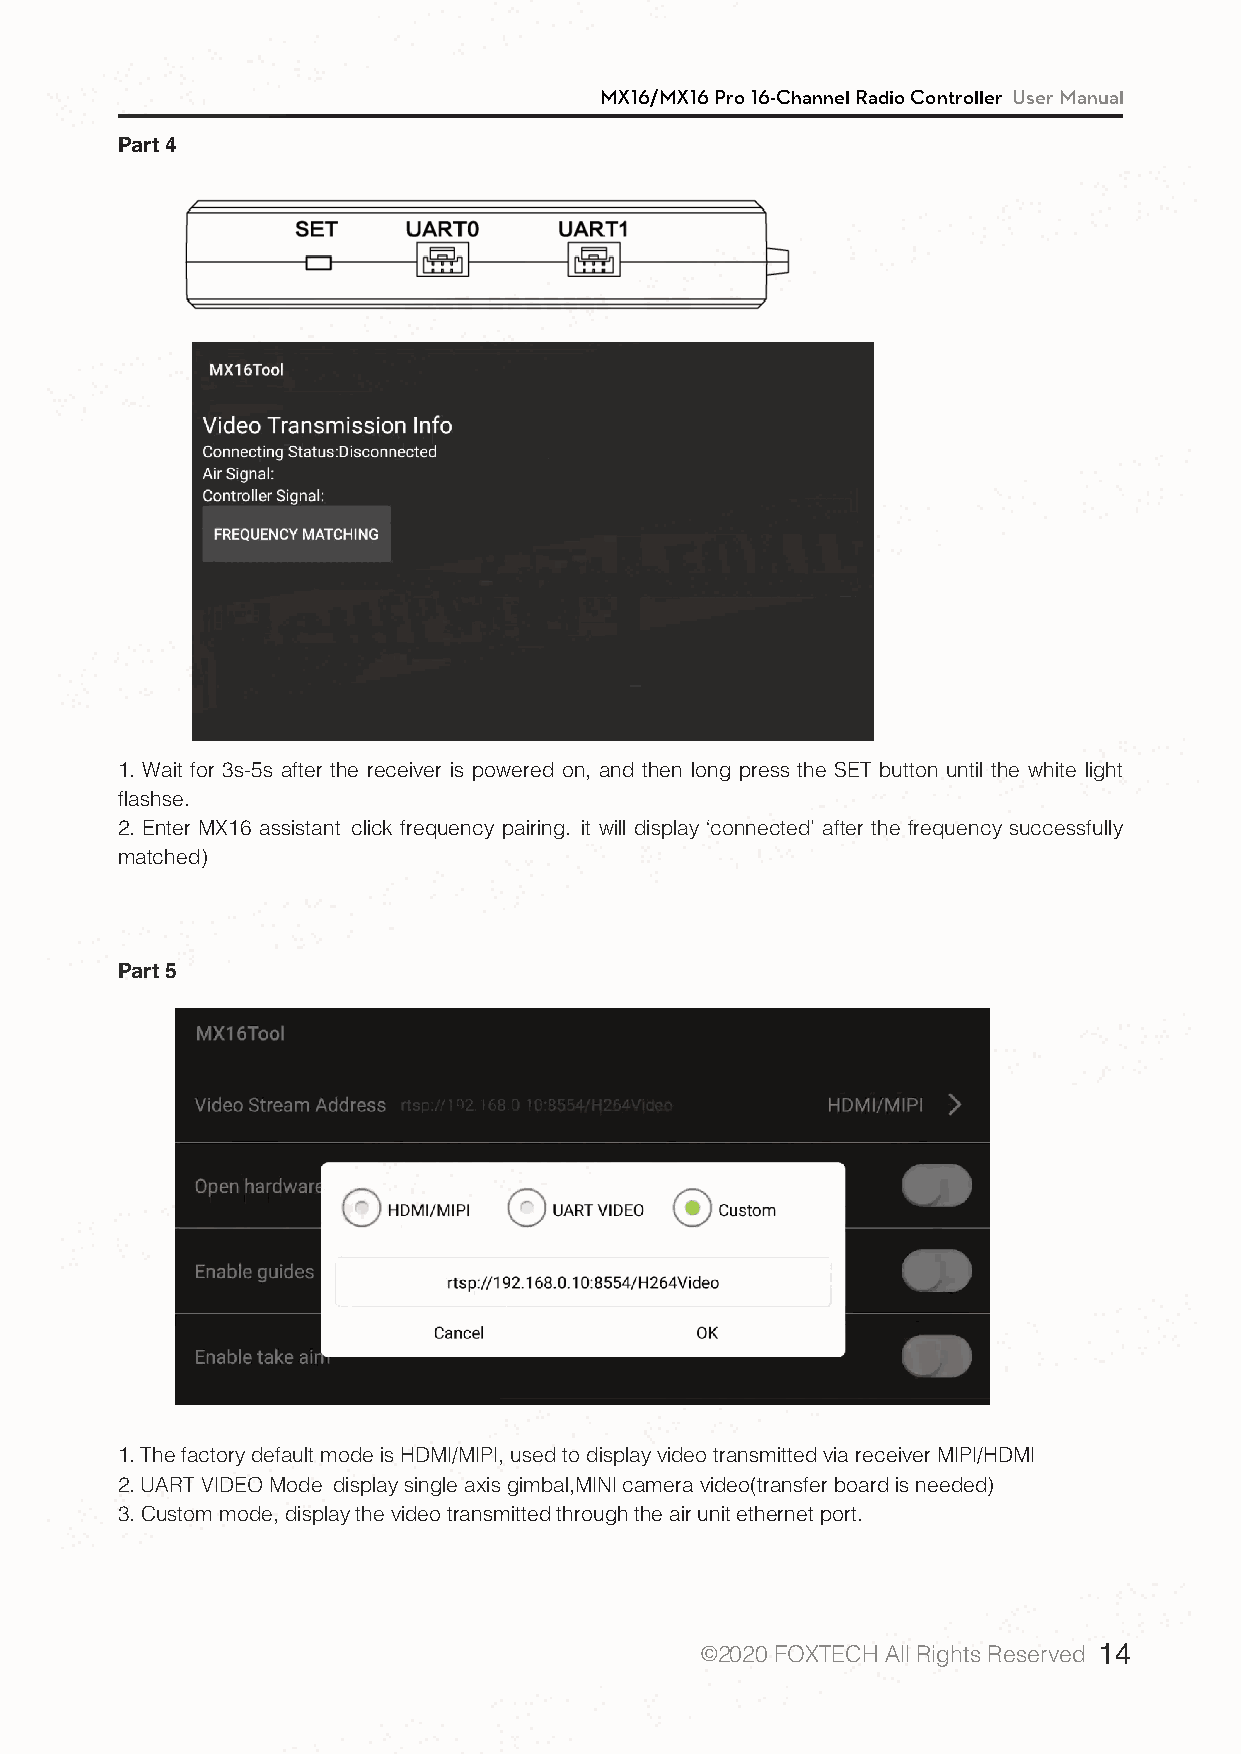
MX16/MX16 Pro 16-Channel Radio Controller User Manual
 Part 4
 1. Wait for 3s-5s after the receiver is powered on, and then long press the SET button until the white light
 flashse.
 2. Enter MX16 assistant（click frequency pairing.（it will display ‘connected’ after the frequency successfully
 matched)
 Part 5
 1. The factory default mode is HDMI/MIPI, used to display video transmitted via receiver MIPI/HDMI
 2. UART VIDEO Mode（display single axis gimbal,MINI camera video(transfer board is needed)（ （
 3. Custom mode, display the video transmitted through the air unit ethernet port.
 ©2020 FOXTECH All Rights Reserved 14